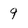
Character: 9